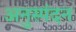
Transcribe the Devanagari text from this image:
अनुस्पंदन